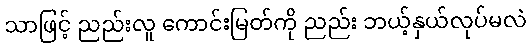
သာဖြင့် ညည်းလူ ကောင်းမြတ်ကို ညည်း ဘယ့်နှယ်လုပ်မလဲ